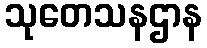
သုတေသနဌာန